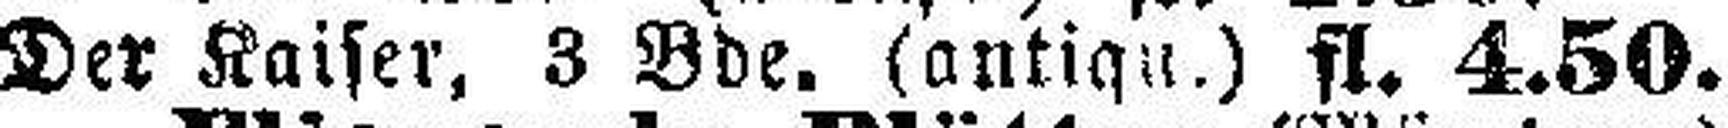
Der Kaiser, 3 Bde. (antiqu.) fl. 4.50.